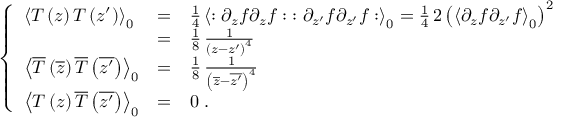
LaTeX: \left\{ \begin{array} { l c l } { { { \left< T \left( z \right) T \left( z ^ { \prime } \right) \right> } _ { 0 } } } & { { = } } & { { { \frac { 1 } { 4 } } \, { \left< : \partial _ { z } f \partial _ { z } f : \; : \partial _ { z ^ { \prime } } f \partial _ { z ^ { \prime } } f : \right> } _ { 0 } = { \frac { 1 } { 4 } } \, 2 \, { \left( { \left< \partial _ { z } f \partial _ { z ^ { \prime } } f \right> } _ { 0 } \right) } ^ { 2 } } } \\ { { \ } } & { { = } } & { { { \frac { 1 } { 8 } } \, { \frac { 1 } { { \left( z - z ^ { \prime } \right) } ^ { 4 } } } } } \\ { { { \left< \overline { { T } } \left( \overline { { z } } \right) \overline { { T } } \left( \overline { { { z ^ { \prime } } } } \right) \right> } _ { 0 } } } & { { = } } & { { { \frac { 1 } { 8 } } \, { \frac { 1 } { { \left( \overline { { z } } - \overline { { { z ^ { \prime } } } } \right) } ^ { 4 } } } } } \\ { { { \left< T \left( z \right) \overline { { T } } \left( \overline { { { z ^ { \prime } } } } \right) \right> } _ { 0 } } } & { { = } } & { { 0 \; . } } \end{array} \right.